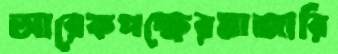
আরেকপক্ষেরমাজারি